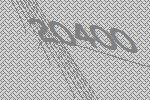
20400